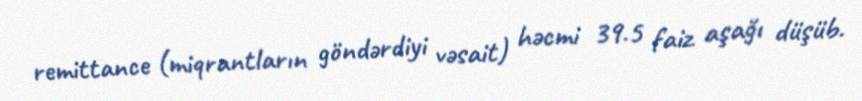
remittance (miqrantların göndərdiyi vəsait) həcmi 39.5 faiz aşağı düşüb.